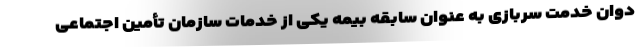
دوان خدمت سربازی به عنوان سابقه بیمه یکی از خدمات سازمان تأمین اجتماعی